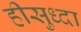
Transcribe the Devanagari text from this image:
हीसुध्दा